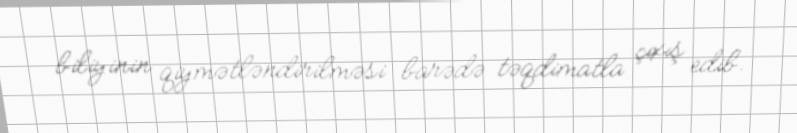
biliyinin qiymətləndirilməsi barədə təqdimatla çıxış edib.